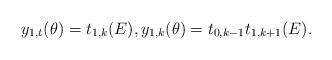
LaTeX: \begin{align*}y_{1,t}(\theta)=t_{1,k}(E), y_{1,k}(\theta)=t_{0,k-1} t_{1,k+1}(E).\end{align*}